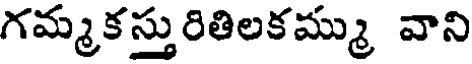
గమ్మకస్తురితిలకమ్ము వాని